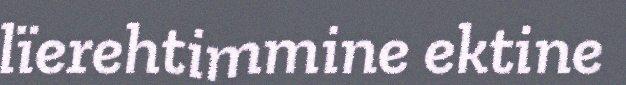
lïerehtimmine ektine